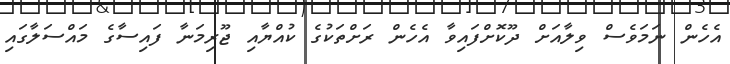
އެހެން ނަމަވެސް ވިލާއަށް ދޫކޮށްފައިވާ އެހެން ރަށްތަކުގެ ކުއްޔާއި ޖޫރިމަނާ ފައިސާގެ މައްސަލާގައި